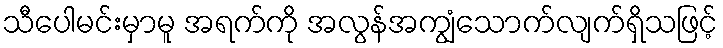
သီပေါမင်းမှာမူ အရက်ကို အလွန်အကျွံသောက်လျက်ရှိသဖြင့်